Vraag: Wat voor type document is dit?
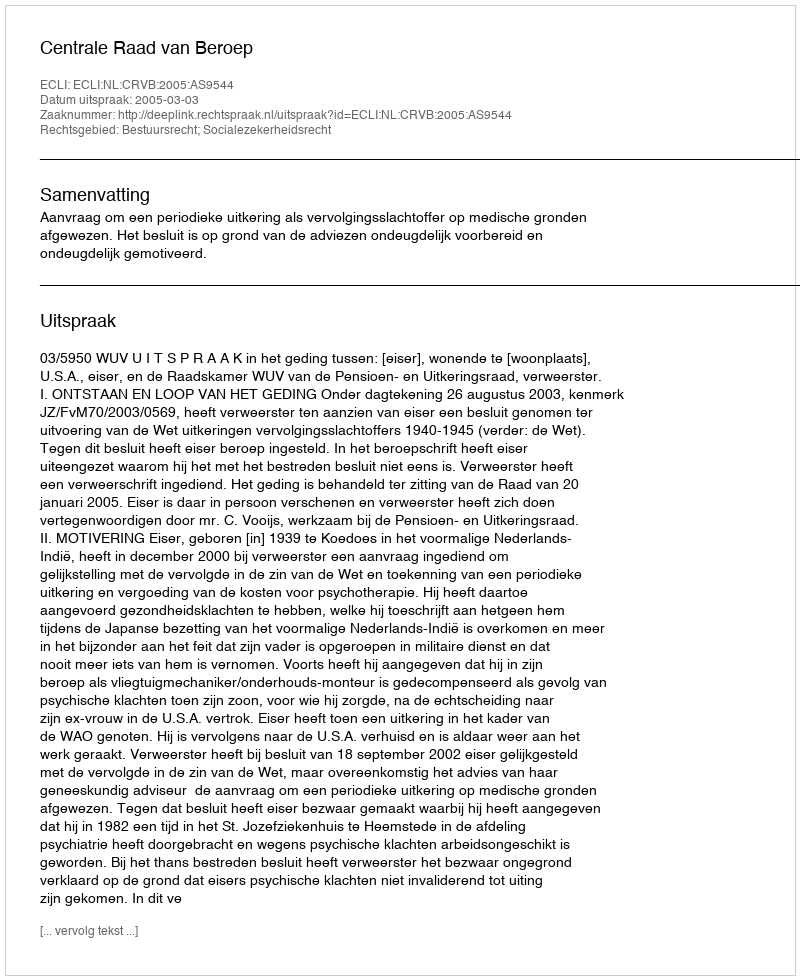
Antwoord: Uitspraak